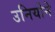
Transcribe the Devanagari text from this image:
उनियोने